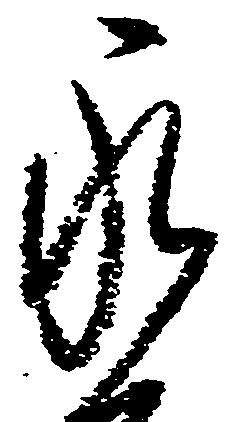
永